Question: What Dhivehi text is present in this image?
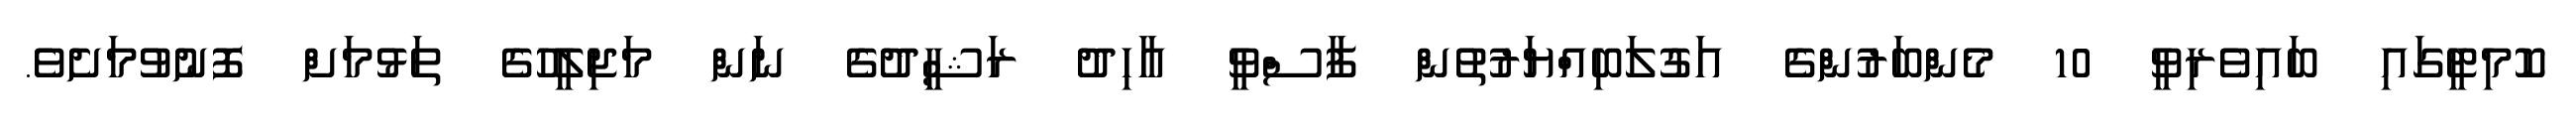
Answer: ކޮމިޓީގައި ބައިވެރިވީ 10 މެންބަރުންގެ އަގުލަބިއްޔަރުތުން ފާސްވީ އާހިދު ރަޝީދުގެ ނަން މަޖިލީހުގެ ތަޅުމަށް ފޮނުވުމަށެވެ.